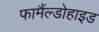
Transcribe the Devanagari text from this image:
फामैंल्डोहाइड